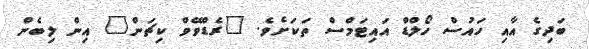
ބަދިގެ އާއި ހައުސް ހޯލްޑް އައިޓަމްސް ތަކަށެވެ. "ރެޑްވޭވް ކިޗަން" އިން ލިބެން